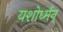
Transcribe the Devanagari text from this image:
यशोर्ध्मन्